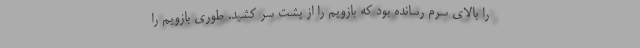
را بالای سرم رسانده بود که بازویم را از پشت سر کشید. طوری بازویم را